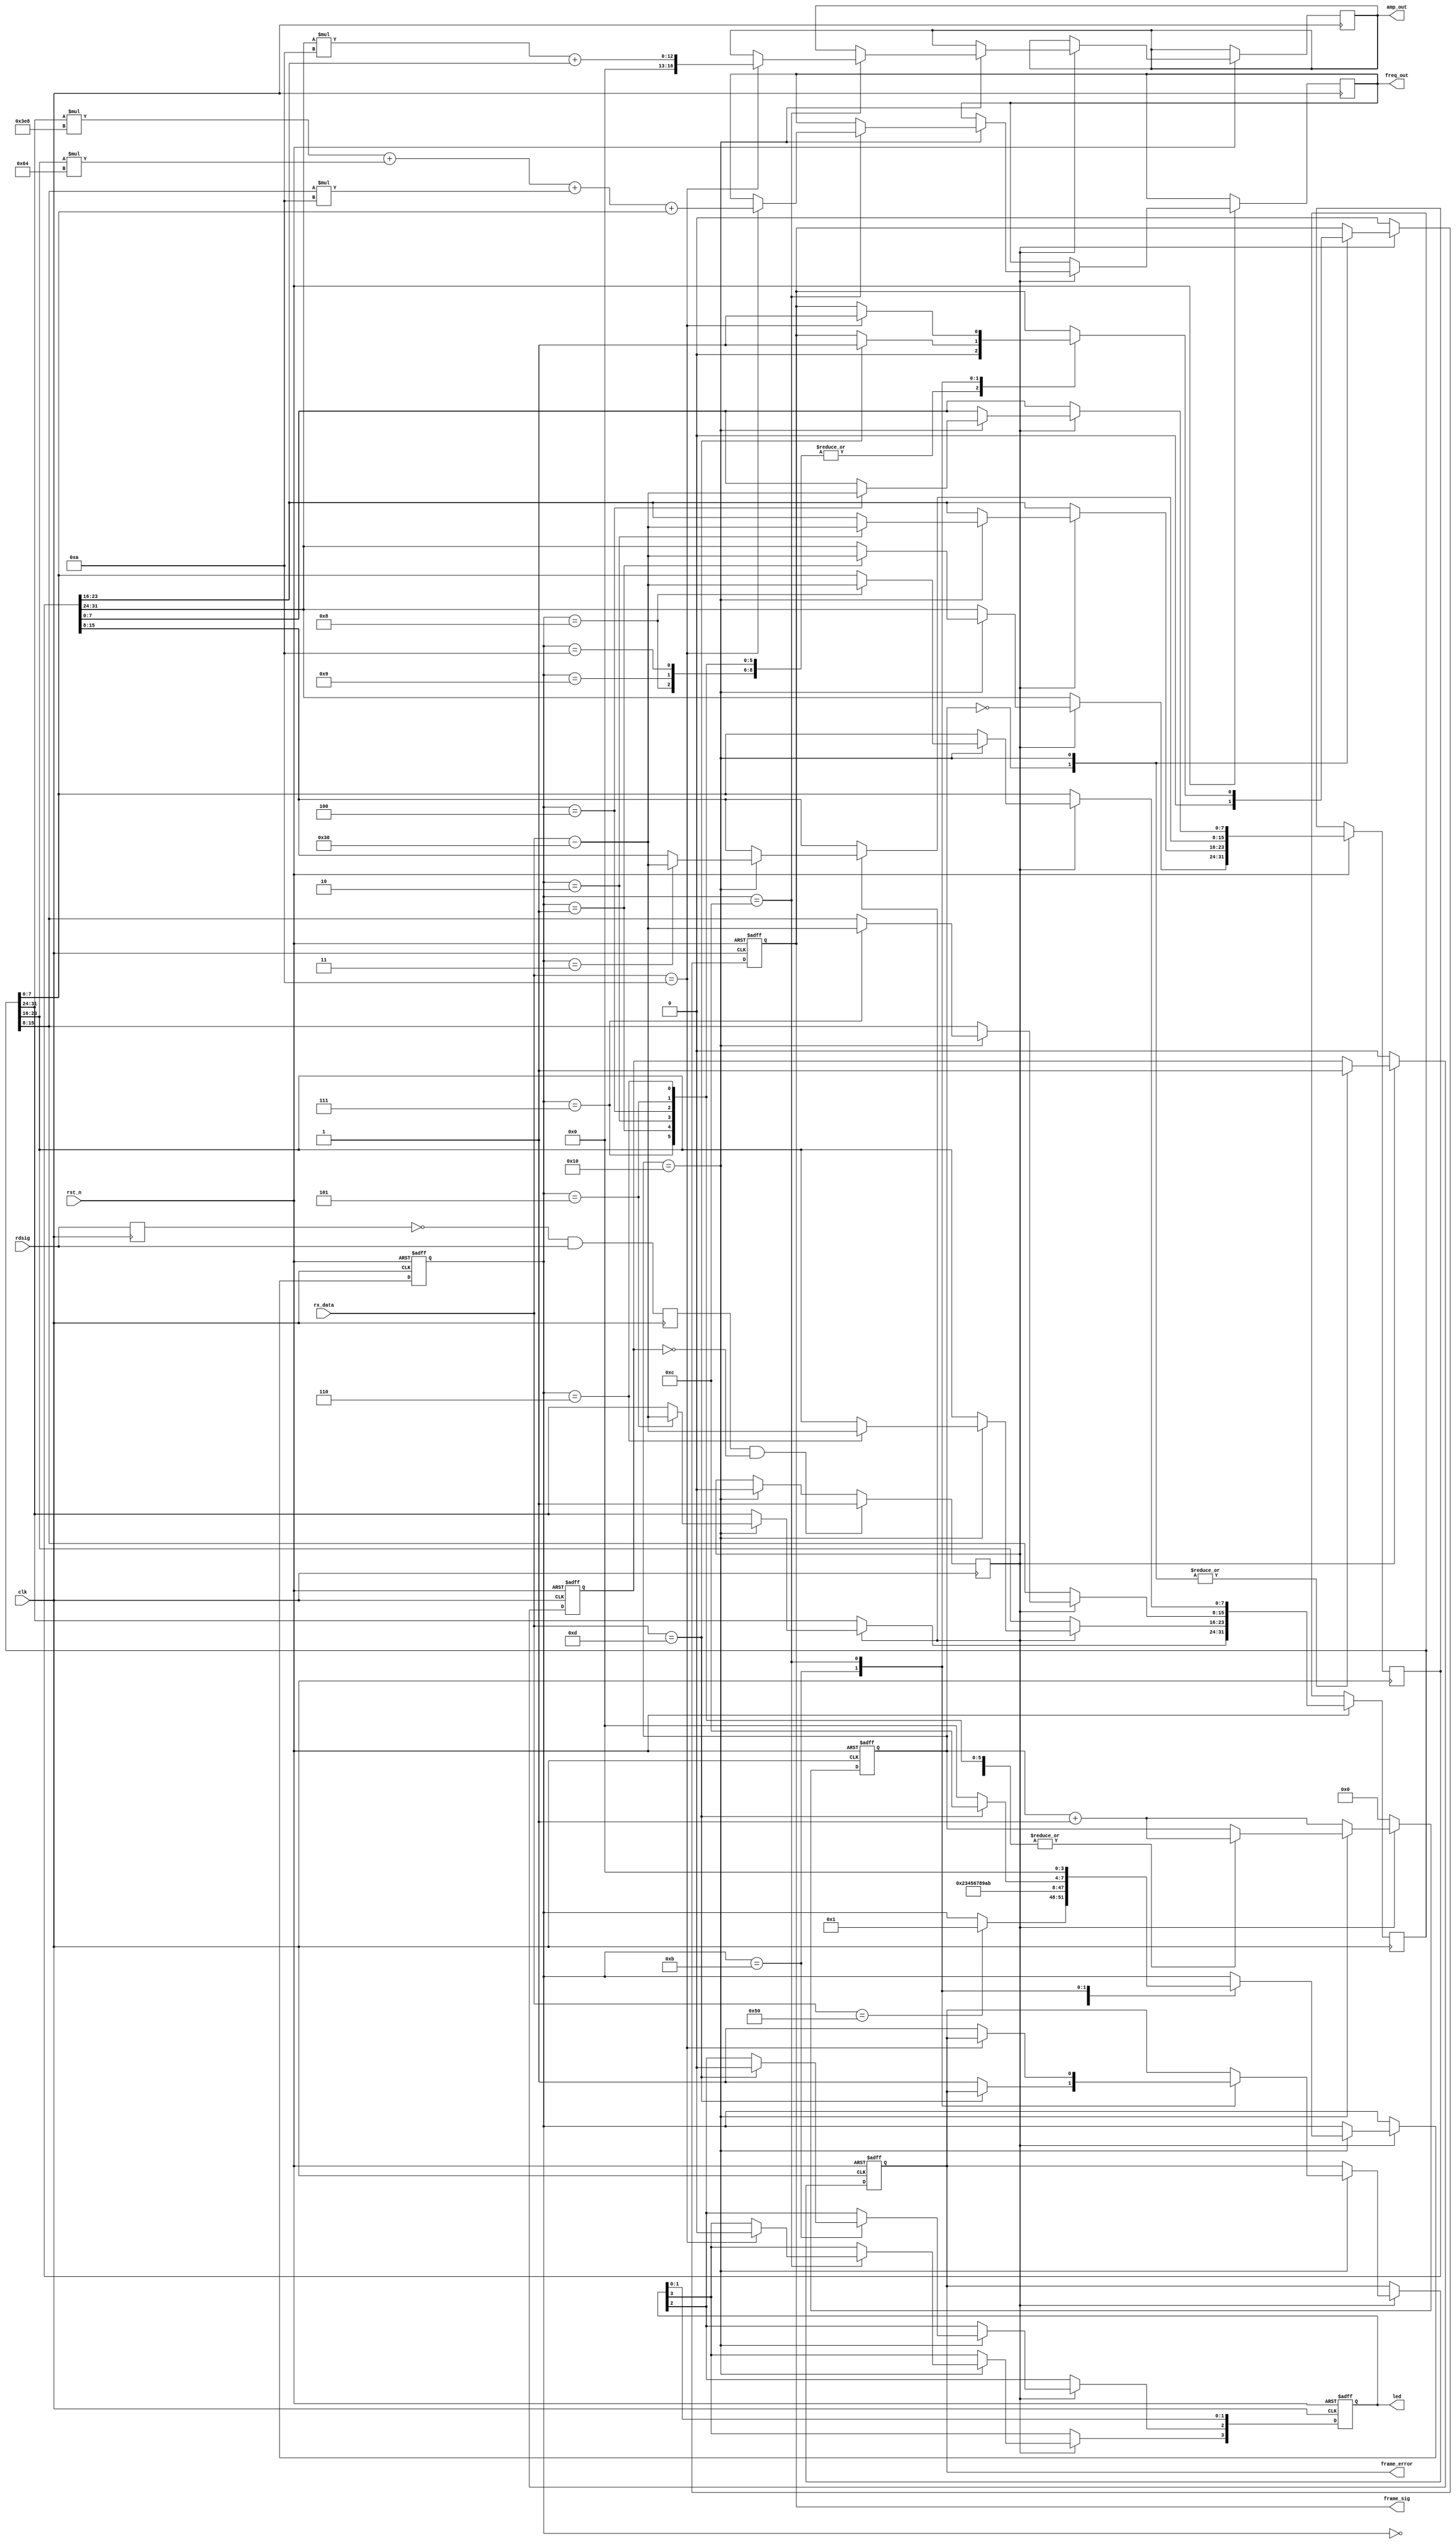
module uartrx_frame(clk, rst_n, rx_data, rdsig, freq_out, amp_out, frame_error, frame_sig, led);
//端口声明
input clk;								//时钟
input rst_n;							//复位信号
input[7:0] rx_data;					//接收数据
input rdsig;							//一个字节接收结束标志（上升沿有效）
output reg[16:0] freq_out;				//频率控制字输出
output reg[16:0] amp_out;				//幅度控制字输出
output reg frame_error, frame_sig;	//帧出错标志、帧解析完成标志
output reg[3:0] led;

//变量声明
reg[31:0] freq, amp;
reg[7:0] cnt;
reg rdsigbuf, rdsigrise, receive;
reg idle;								//线路状态
reg[15:0] freq_extra;				//频率额外两个字节
reg[3:0] state_machine;	//数据帧解析状态机

//初始化
initial
begin
	freq_out <= 16'd100;
	amp_out <= 16'd20;
	led[0] <= 1'b1;
	led[1] <= 1'b1;
	led[2] <= 1'b1;
	led[3] <= 1'b1;
end

always @(posedge clk)		//检测rdsig上升沿
begin
	rdsigbuf <= rdsig;
	rdsigrise <= (~rdsigbuf) & rdsig;
end

always @(posedge clk)		//启动接收数据帧
begin
  if (rdsigrise && (~idle)) begin
		receive <= 1'b1;
  end
  else if(cnt == 8'd16)	begin
		receive <= 1'b0;
	end
end

always @(posedge clk or negedge rst_n)		//数据帧解析
begin
	if(!rst_n)
	begin
		led[0] <= 1'b0;
		led[1] <= 1'b1;
		led[2] <= 1'b1;
		led[3] <= 1'b1;
		
		idle <= 1'b0;
		cnt <= 8'd0;
		frame_sig <= 1'b0;
		frame_error <= 1'b0;
		state_machine <= 4'd0;
	end
	else if(receive == 1'b1) begin
		case(cnt)
		8'd0:begin
			idle <= 1'd1;
			cnt <= cnt + 8'd1;
			frame_sig <= 1'b0;
		end
		8'd16:begin
			idle <= 1'd1;
			case(state_machine)
			4'd0 : 
			begin
				frame_sig <= 1'b0;
				cnt <= cnt + 8'd1;
				if(rx_data == 8'd80)			//帧头P
					state_machine <= 4'd1;
			end
			4'd1 : 
			begin
				frame_sig <= 1'b0;
				cnt <= cnt + 8'd1;
				amp[31:24] <= rx_data - 8'd48;		//幅度第一位
				state_machine <= 4'd2;
			end
			4'd2 :
			begin
				frame_sig <= 1'b0;
				cnt <= cnt + 8'd1;
				amp[23:16] <= rx_data - 8'd48;		//幅度第二位
				state_machine <= 4'd3;
			end
			4'd3 :
			begin
				frame_sig <= 1'b0;
				cnt <= cnt + 8'd1;
				amp[15:8] <= rx_data - 8'd48;		//幅度第三位
				state_machine <= 4'd4;
			end
			4'd4 :
			begin
				frame_sig <= 1'b0;
				cnt <= cnt + 8'd1;
				amp[7:0] <= rx_data - 8'd48;			//幅度第四位
				state_machine <= 4'd5;
			end
			4'd5 :
			begin
				frame_sig <= 1'b0;
				cnt <= cnt + 8'd1;
				freq[31:24] <= rx_data - 8'd48;		//频率第一位
				state_machine <= 4'd6;
			end
			4'd6 :
			begin
				frame_sig <= 1'b0;
				cnt <= cnt + 8'd1;
				freq[23:16] <= rx_data - 8'd48;		//频率第二位
				state_machine <= 4'd7;
			end
			4'd7 :
			begin
				frame_sig <= 1'b0;
				cnt <= cnt + 8'd1;
				freq[15:8] <= rx_data - 8'd48;		//频率第三位
				state_machine <= 4'd8;
			end
			4'd8 :
			begin
				frame_sig <= 1'b0;
				cnt <= cnt + 8'd1;
				freq[7:0] <= rx_data - 8'd48;		//频率第四位
				state_machine <= 4'd9;
			end
			4'd9 :
			begin
				frame_sig <= 1'b0;
				cnt <= cnt + 8'd1;
				freq_extra[15:8] <= rx_data - 8'd48;		//频率第五位
				state_machine <= 4'd10;
			end
			4'd10 :
			begin
				frame_sig <= 1'b0;
				cnt <= cnt + 8'd1;
				freq_extra[7:0] <= rx_data - 8'd48;		//频率第六位
				state_machine <= 4'd11;
			end

			4'd11 :
			begin
				cnt <= cnt + 8'd1;
				if(rx_data == 8'd13)			//帧尾d
				begin
					led[2] <= 1'b0;
					frame_sig <= 1'b1;
					state_machine <= 4'd12;
				end
				else
				begin
					frame_error <= 1'b1;	//数据帧出错
					state_machine <= 4'd0;
				end
			end
			4'd12 :
			begin
				cnt <= cnt + 8'd1;
				if(rx_data == 8'd10)			//帧尾a
				begin
					led[3] <= 1'b0;
					frame_sig <= 1'b1;		//数据帧解析完成
					amp_out <= amp[31:24] * 16'd10 + amp[23:16];
					freq_out <= freq[31:24] * 16'd1000 + freq[23:16] * 16'd100 + freq[15:8] * 16'd10 + freq[7:0];
				end
				else
					frame_error <= 1'b1;		//数据帧出错
				state_machine <= 4'd0;
			end
			endcase
		end
		default: begin
			cnt <= cnt + 8'd1;
		end
		endcase
	end
	else begin
		cnt <= 8'd0;
		idle <= 1'b0;
		frame_sig <= 1'b0;
	end
end
	
endmodule